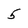
Character: 5